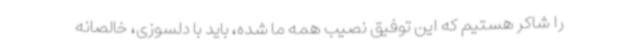
را شاکر هستیم که این توفیق نصیب همه ما شده، باید با دلسوزی، خالصانه